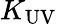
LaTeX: K_{\mathrm{UV}}